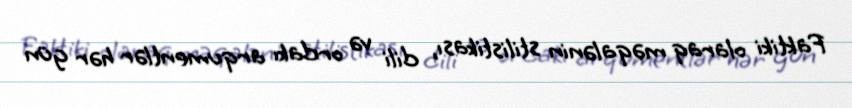
Faktiki olaraq məqalənin stilistikası, dili və ordakı arqumentlər hər gün